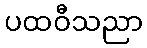
ပထဝီသညာ